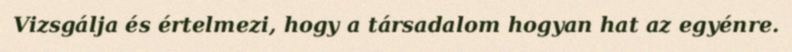
Vizsgálja és értelmezi, hogy a társadalom hogyan hat az egyénre.